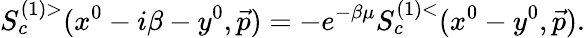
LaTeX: S_{c}^{(1)>}(x^{0}-i\beta-y^{0},\vec{p})=-e^{-\beta\mu}S_{c}^{(1)<}(x^{0}-y^{0},\vec{p}).